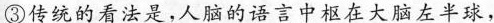
③传统看法是，人脑的话言中柜在大脑左半球，